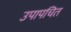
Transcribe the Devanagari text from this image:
उपापचित